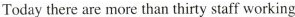
Today there are more than thirty staff working